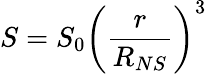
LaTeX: S=S_{0}\left(\frac{r}{R_{NS}}\right)^{3}